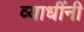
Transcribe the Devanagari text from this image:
व्याधींनी